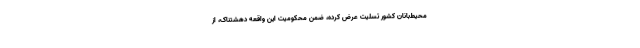
محیط‌بانان کشور تسلیت عرض کرده، ضمن محکومیت این واقعه دهشتناک، از